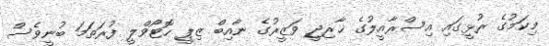
މިކަމުގެ ރުޅީގައި އިސްރާއީލުގެ ޚާރިޖީ ވަޒީރުގެ ނާއިބް ޒިޕީ ހޮޓޯވްލީ ފުރަތަމަ ބުނީވެސް